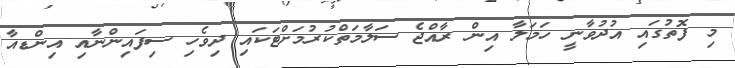
މި ފޮތުގައި އުދުވާނީ ހަމަލާ އިން ރާއްޖެ ސަލާމަތްކުރުމަށްޓަކައި ދިވެހި ސިފައިންނާއި އިންޑއާ